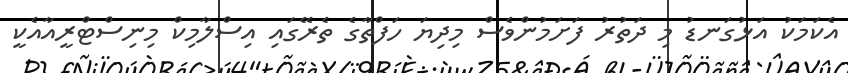
އެކަމަކު އަޅުގަނޑު މި ދަތުރު ފަށަމުންވެސް މިދިޔަ ހަފްތާގެ ތެރޭގައި އިސްލާމިކް މިނިސްޓްރީއާއެކީ